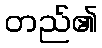
တည်၏